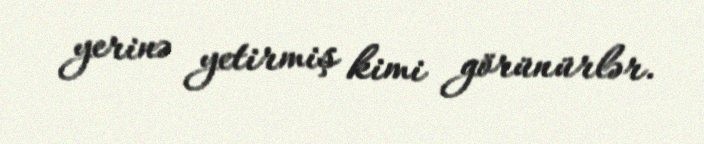
yerinə yetirmiş kimi görünürlər.